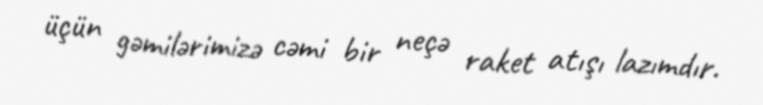
üçün gəmilərimizə cəmi bir neçə raket atışı lazımdır.